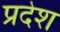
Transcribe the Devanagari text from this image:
प्रदेश